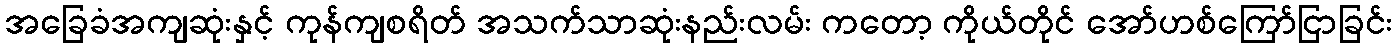
အခြေခံအကျဆုံးနှင့် ကုန်ကျစရိတ် အသက်သာဆုံးနည်းလမ်း ကတော့ ကိုယ်တိုင် အော်ဟစ်ကြော်ငြာခြင်း